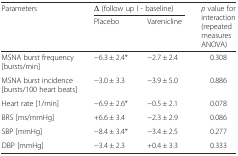
| <ROWSPAN=2> Parameters | <COLSPAN=2> Δ (follow up I - baseline) | <ROWSPAN=2> p value for interaction (repeated measures ANOVA) |
 | Placebo | Varenicline |
 | --- | --- | --- | --- |
 | MSNA burst frequency [bursts/min] | −6.3 ± 2.4* | −2.7 ± 2.4 | 0.308 |
 | MSNA burst incidence [bursts/100 heart beats] | −3.0 ± 3.3 | −3.9 ± 5.0 | 0.886 |
 | Heart rate [1/min] | −6.9 ± 2.6* | −0.5 ± 2.1 | 0.078 |
 | BRS [ms/mmHg] | +6.6 ± 3.4 | −2.3 ± 2.9 | 0.086 |
 | SBP [mmHg] | −8.4 ± 3.4* | −3.4 ± 2.5 | 0.277 |
 | DBP [mmHg] | −3.4 ± 2.3 | +0.4 ± 3.3 | 0.333 |